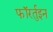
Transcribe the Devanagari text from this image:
फॉरर्तुइन